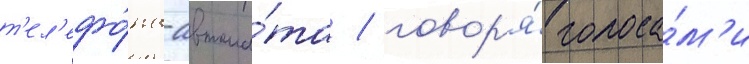
т'ел'ефо́на-автома́та / говор'я́ голоса́м'и